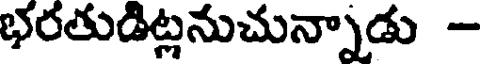
భరతుడిట్లనుచున్నాడు -